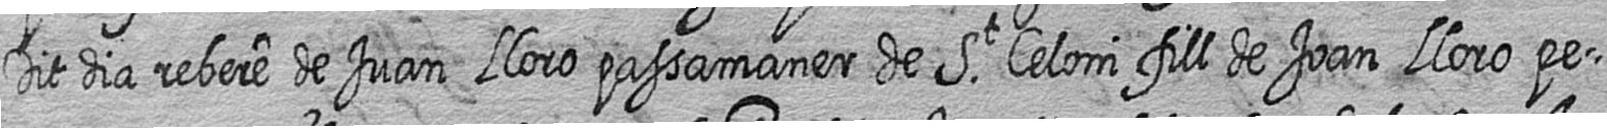
Dit dia rebere de Juan Lloro passamaner de St Celoni fill de Joan Lloro pe=